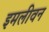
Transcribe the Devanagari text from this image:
इमलीवन